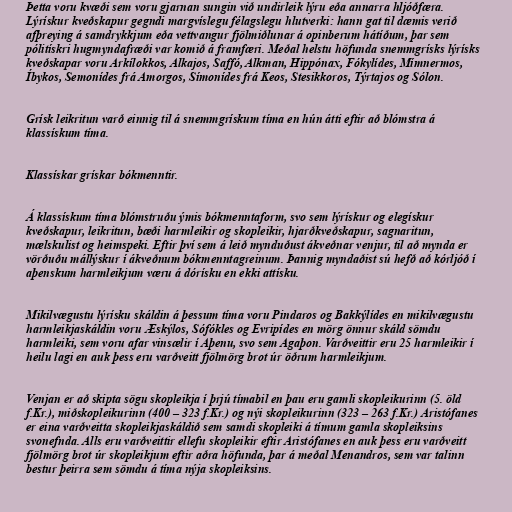
Þetta voru kvæði sem voru gjarnan sungin við undirleik lýru eða annarra hljóðfæra.
Lýrískur kveðskapur gegndi margvíslegu félagslegu hlutverki: hann gat til dæmis verið
afþreying á samdrykkjum eða vettvangur fjölmiðlunar á opinberum hátíðum, þar sem
pólitískri hugmyndafræði var komið á framfæri. Meðal helstu höfunda snemmgrísks lýrísks
kveðskapar voru Arkílokkos, Alkajos, Saffó, Alkman, Hippónax, Fókylídes, Mímnermos,
Íbykos, Semonídes frá Amorgos, Símonídes frá Keos, Stesikkoros, Týrtajos og Sólon.

Grísk leikritun varð einnig til á snemmgrískum tíma en hún átti eftir að blómstra á
klassískum tíma.

Klassískar grískar bókmenntir.

Á klassískum tíma blómstruðu ýmis bókmenntaform, svo sem lýrískur og elegískur
kveðskapur, leikritun, bæði harmleikir og skopleikir, hjarðkveðskapur, sagnaritun,
mælskulist og heimspeki. Eftir því sem á leið mynduðust ákveðnar venjur, til að mynda er
vörðuðu mállýskur í ákveðnum bókmenntagreinum. Þannig myndaðist sú hefð að kórljóð í
aþenskum harmleikjum væru á dórísku en ekki attísku.

Mikilvægustu lýrísku skáldin á þessum tíma voru Pindaros og Bakkýlídes en mikilvægustu
harmleikjaskáldin voru Æskýlos, Sófókles og Evripídes en mörg önnur skáld sömdu
harmleiki, sem voru afar vinsælir í Aþenu, svo sem Agaþon. Varðveittir eru 25 harmleikir í
heilu lagi en auk þess eru varðveitt fjölmörg brot úr öðrum harmleikjum.

Venjan er að skipta sögu skopleikja í þrjú tímabil en þau eru gamli skopleikurinn (5. öld
f.Kr.), miðskopleikurinn (400 – 323 f.Kr.) og nýi skopleikurinn (323 – 263 f.Kr.) Aristófanes
er eina varðveitta skopleikjaskáldið sem samdi skopleiki á tímum gamla skopleiksins
svonefnda. Alls eru varðveittir ellefu skopleikir eftir Aristófanes en auk þess eru varðveitt
fjölmörg brot úr skopleikjum eftir aðra höfunda, þar á meðal Menandros, sem var talinn
bestur þeirra sem sömdu á tíma nýja skopleiksins.